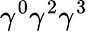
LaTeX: \gamma^{0}\gamma^{2}\gamma^{3}